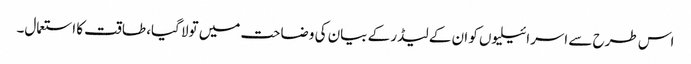
اس طرح سے اسرائیلیوں کو ان کے لیڈر کے بیان کی وضاحت میں تولا گیا، طاقت کا استعمال۔